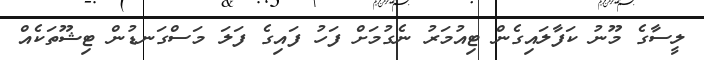
ލީސާގެ މޫނު ކަފާލައިގެން ޓިއުމަރު ނެގުމަށް ފަހު ފައިގެ ފަލަ މަސްގަނޑުން ޓިޝޫތަކެއް